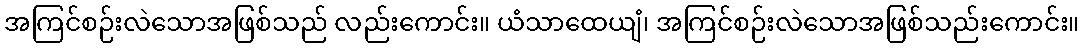
အကြင်စဉ်းလဲသောအဖြစ်သည် လည်းကောင်း။ ယံသာထေယျံ၊ အကြင်စဉ်းလဲသောအဖြစ်သည်းကောင်း။